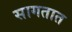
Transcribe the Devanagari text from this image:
सागतात